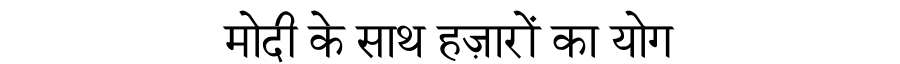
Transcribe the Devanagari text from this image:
मोदी के साथ हज़ारों का योग